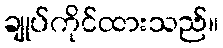
ချုပ်ကိုင်ထားသည်။